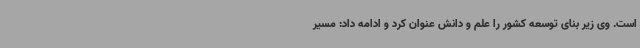
است. وی زیر بنای توسعه کشور را علم و دانش عنوان کرد و ادامه داد: مسیر